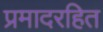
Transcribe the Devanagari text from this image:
प्रमादरहित